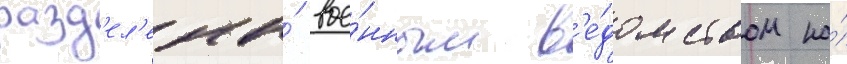
разд'ел'ены́ вое́нным в'е́домством на́